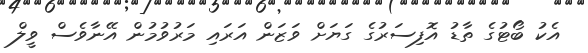
އެކު ބޯޓުގެ ތާޑު އޮފިސަރުގެ ގަޔަށް ވަޒަން އަރައި މަރުވުމުން އޭނާވެސް ވީލް